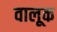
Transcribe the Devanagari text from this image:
वालूक